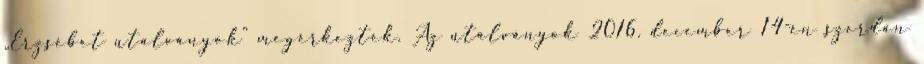
„Erzsébet utalványok” megérkeztek. Az utalványok 2016. december 14-én szerdán